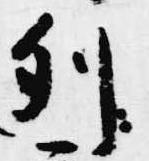
列